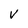
Character: V